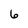
Character: 6